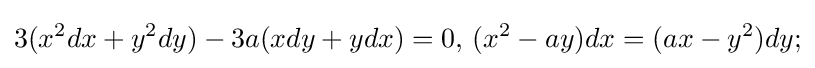
3(x^{2}dx+y^{2}dy)-3a(xdy+ydx)=0,\,(x^{2}-ay)dx=(ax-y^{2})dy;